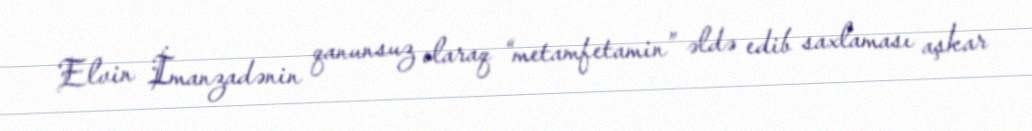
Elvin İmanzadənin qanunsuz olaraq “metamfetamin” əldə edib saxlaması aşkar